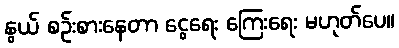
နွယ် စဉ်းစားနေတာ ငွေရေး ကြေးရေး မဟုတ်ပေ။